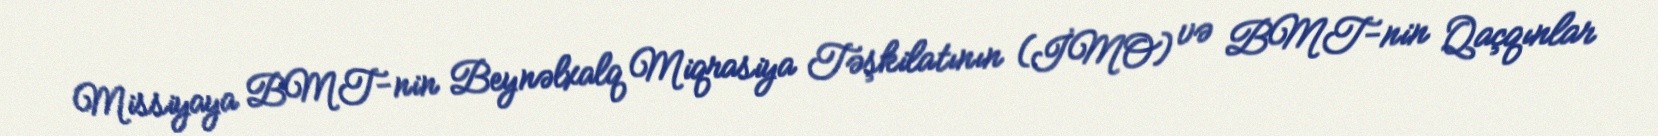
Missiyaya BMT-nin Beynəlxalq Miqrasiya Təşkilatının (İMO) və BMT-nin Qaçqınlar